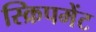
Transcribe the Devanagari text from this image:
स्क्रिपमेंट